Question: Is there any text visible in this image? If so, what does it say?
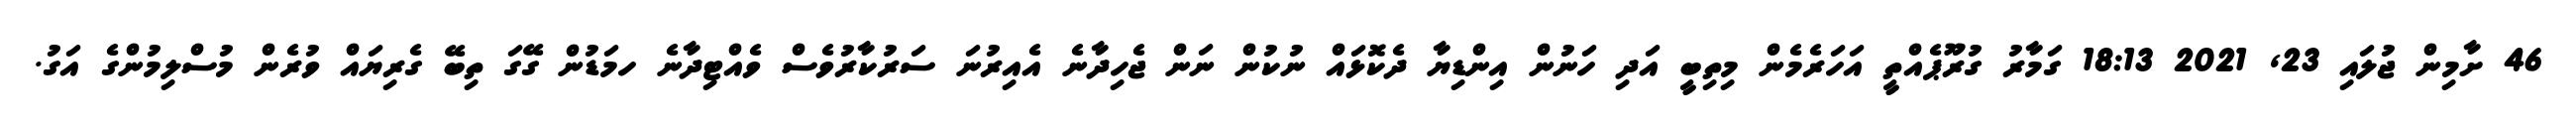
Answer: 46 ށާމިން ޖުލައި 23, 2021 18:13 ގަމާރު ގުރޫޕެއްތީ އަހަރެމެން މިތިބީ އަދި ހަނުން އިންޑިޔާ ދެކޮޅައް ނުކުން ނަން ޖެހިދާނެ އެއިރުނަ ސަރުކާރުވެސް ވެއްޓިދާނެ ހމަޑުން ގޭގަ ތިބޭ ގެރިޔައް ވުރެން މުސްލިމުންގެ އަގު.